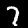
Digit: 7